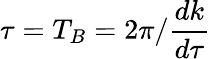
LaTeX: \tau=T_{B}=2\pi/\frac{dk}{d\tau}